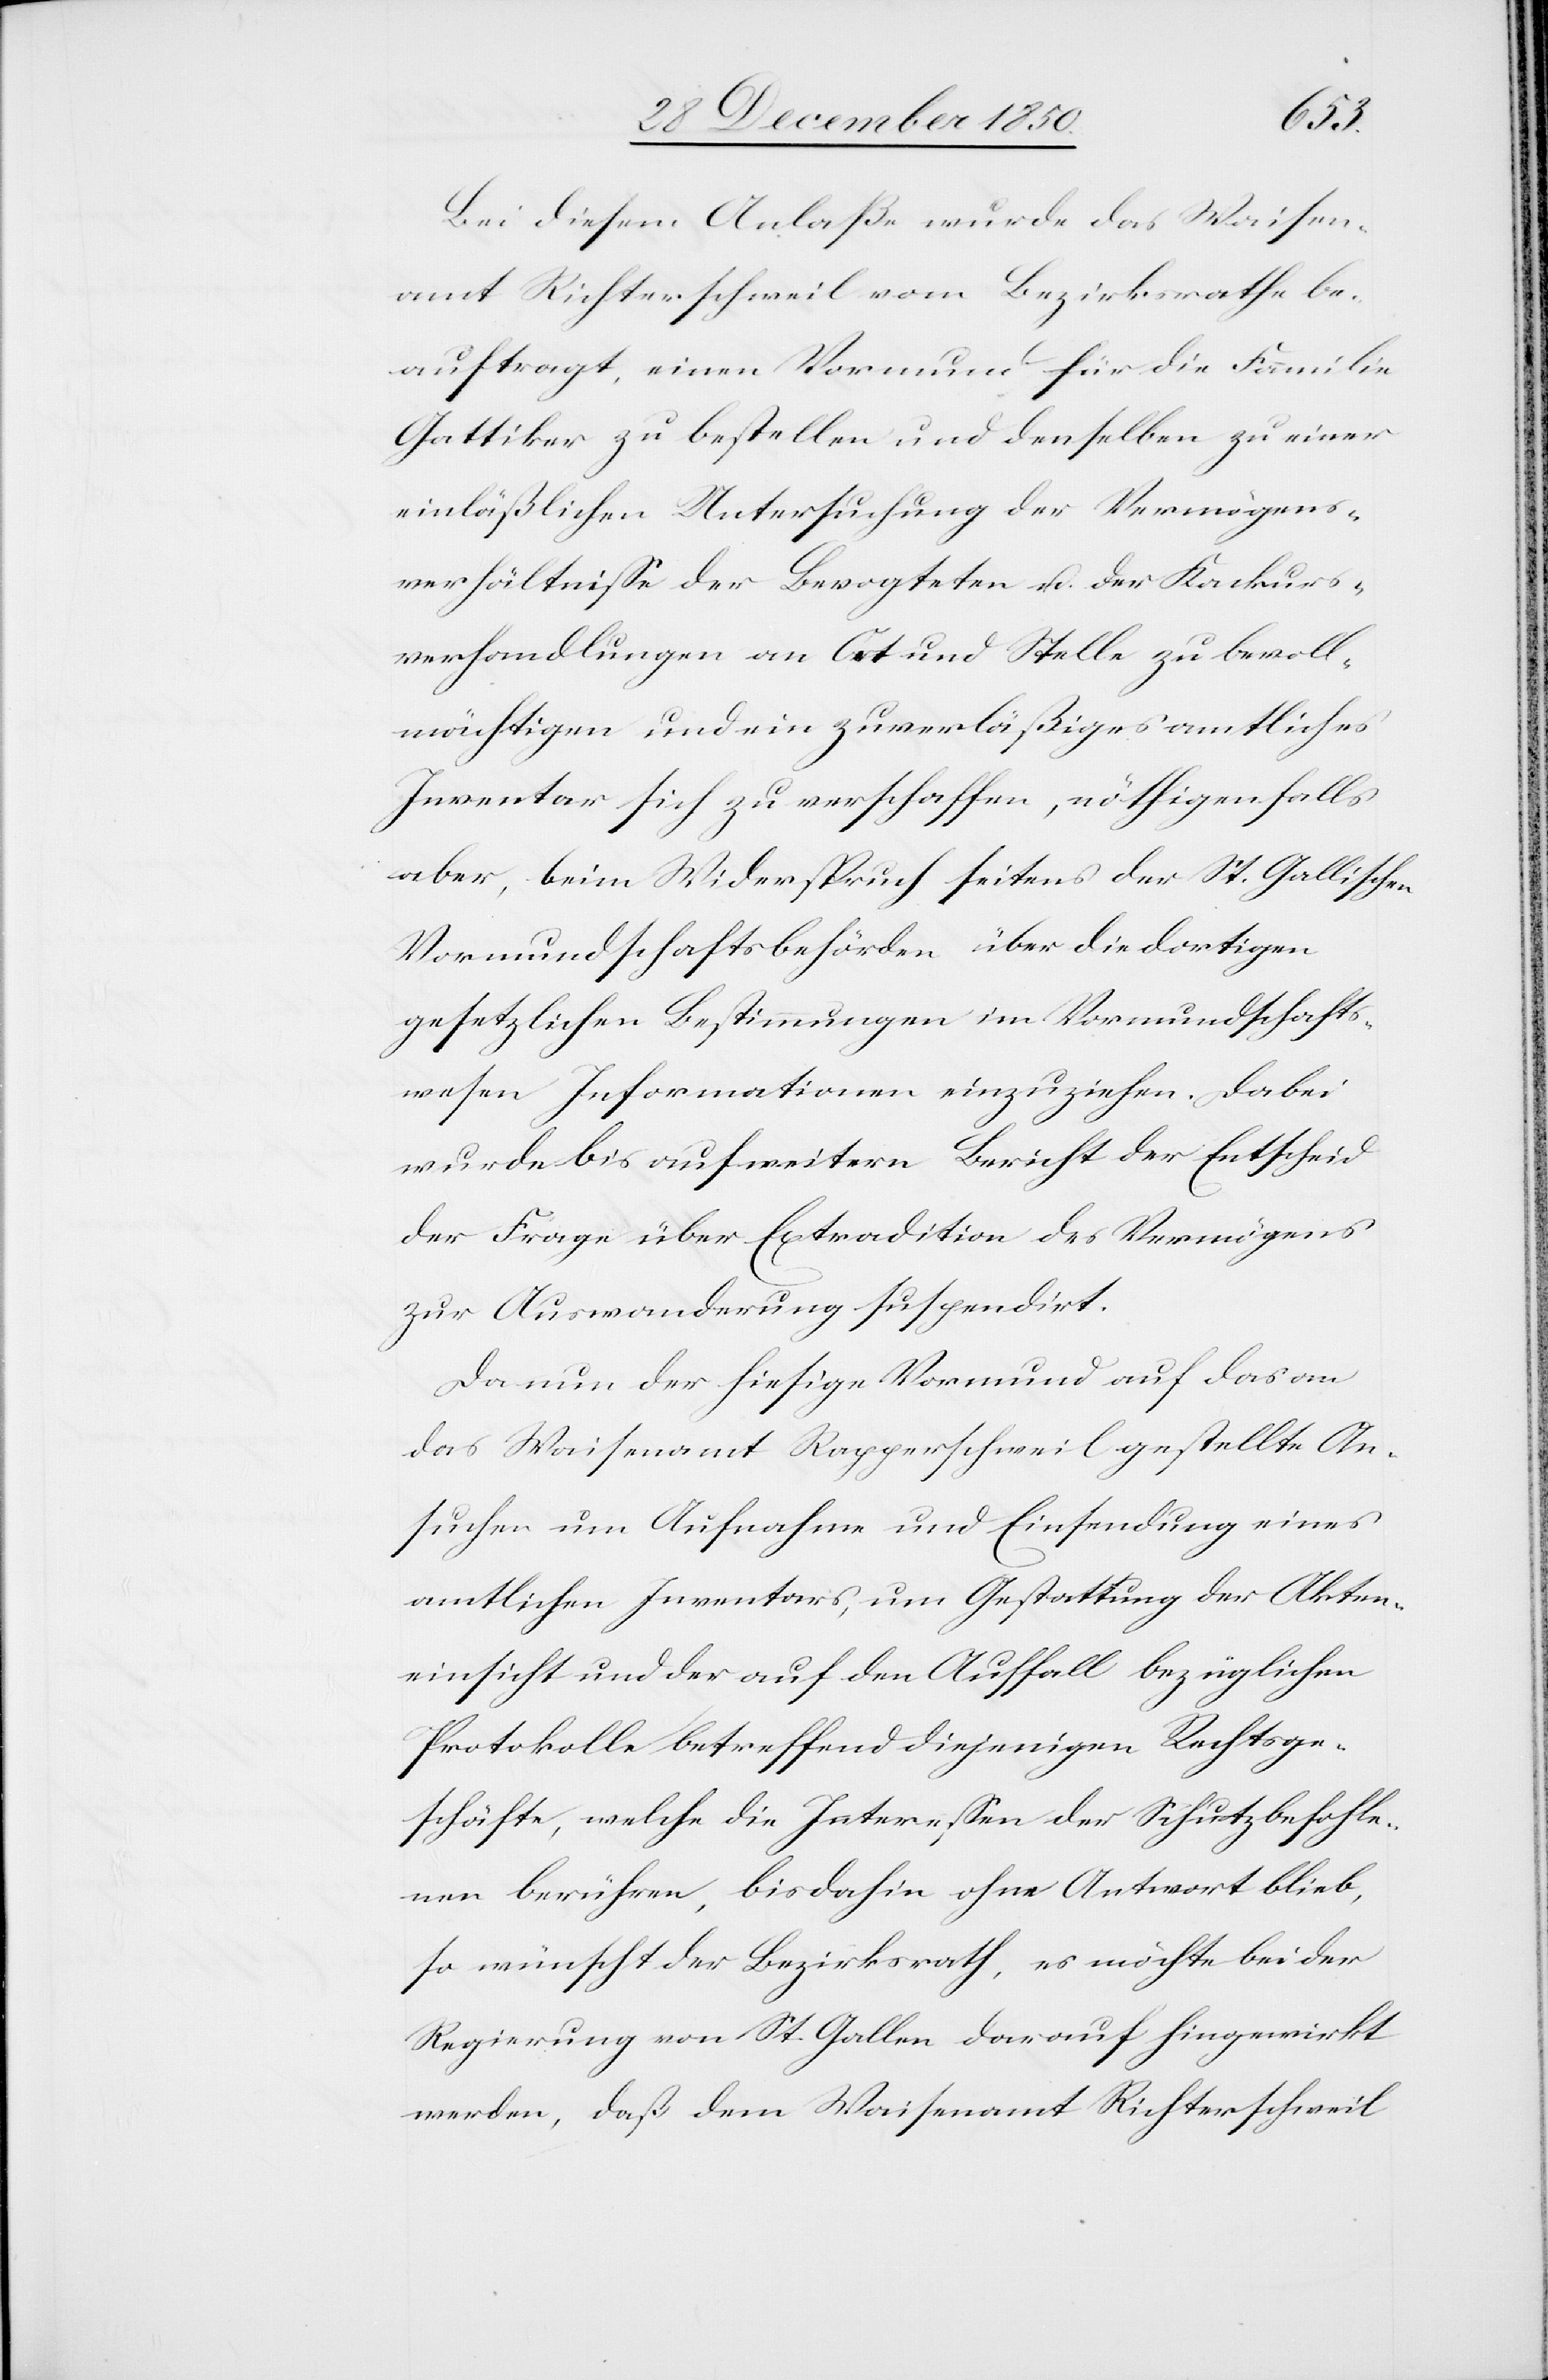
Bei diesem Anlaße wurde das Waisen¬
amt Richterschweil vom Bezirksrathe be¬
auftragt, einen Vormund für die Familie
Gattiker zu bestellen und denselben zu einer
einläßlichen Untersuchung der Vermögens¬
verhältnisse der Bevogteten u. der Konkurs¬
verhandlungen an Ort und Stelle zu bevoll¬
mächtigen und ein zuverläßiges amtliches
Inventar sich zu verschaffen, nöthigenfalls
aber, beim Widerspruch seitens der St. Gallischen
Vormundschaftsbehörden über die dortigen
gesetzlichen Bestimmungen im Vormundschafts¬
wesen Informationen einzuziehen. Dabei
wurde bis auf weitern Bericht der Entscheid
der Frage über Extradition des Vermögens
zur Auswanderung suspendirt.
Da nun der hiesige Vormund auf das an
das Waisenamt Rapperschweil gestellte An¬
suchen um Aufnahme und Einsendung eines
amtlichen Inventars, um Gestattung der Akten¬
einsicht und der auf den Auffall bezüglichen
Protokolle betreffend diejenigen Rechtsge¬
schäfte, welche die Interessen der Schutzbefohle¬
nen berühren, bis dahin ohne Antwort blieb,
so wünscht der Bezirksrath, es möchte bei der
Regierung von St. Gallen darauf hingewirkt
werden, daß dem Waisenamt Richterschweil